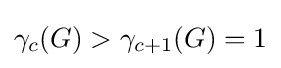
\gamma _{c}(G)>\gamma _{c+1}(G)=1